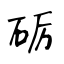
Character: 砺